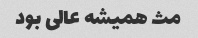
مث همیشه عالی بود